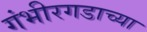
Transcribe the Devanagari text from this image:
गंभीरगडाच्या